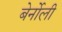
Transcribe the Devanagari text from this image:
बेर्नोली